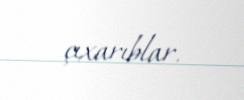
çıxarıblar.